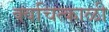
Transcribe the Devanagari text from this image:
क्वचित्काळी